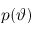
p ( \vartheta )